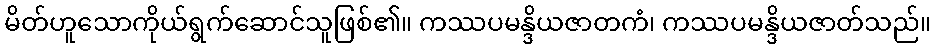
မိတ်ဟူသောကိုယ်ရွက်ဆောင်သူဖြစ်၏။ ကဿပမန္ဒိယဇာတကံ၊ ကဿပမန္ဒိယဇာတ်သည်။